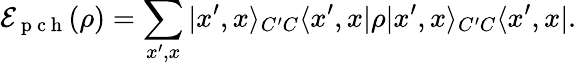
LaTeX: \mathcal{E}_{\mathrm{~p~c~h~}}(\rho)=\sum_{x^{\prime},x}|x^{\prime},x\rangle_{C^{\prime}C}\langle x^{\prime},x|\rho|x^{\prime},x\rangle_{C^{\prime}C}\langle x^{\prime},x|.